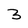
Character: 3